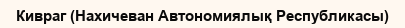
Кивраг (Нахичеван Автономиялық Республикасы)